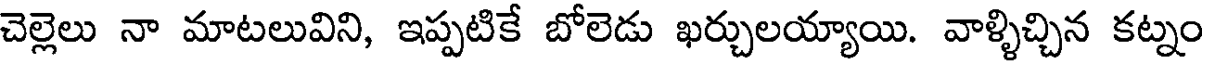
చెల్లెలు నా మాటలువిని, ఇప్పటికే బోలెడు ఖర్చులయ్యాయి. వాళ్ళిచ్చిన కట్నం